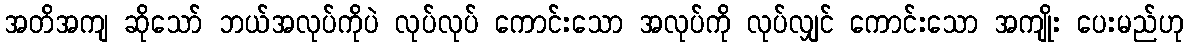
အတိအကျ ဆိုသော် ဘယ်အလုပ်ကိုပဲ လုပ်လုပ် ကောင်းသော အလုပ်ကို လုပ်လျှင် ကောင်းသော အကျိုး ပေးမည်ဟု